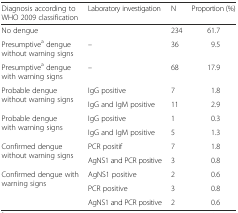
<table><thead><tr><td><b>Diagnosis according to WHO 2009 classification</b></td><td><b>Laboratory investigation</b></td><td><b>N</b></td><td><b>Proportion (%)</b></td></tr></thead><tbody><tr><td>No dengue</td><td></td><td>234</td><td>61.7</td></tr><tr><td>Presumptive<sup>a</sup> dengue without warning signs</td><td>–</td><td>36</td><td>9.5</td></tr><tr><td>Presumptive<sup>a</sup> dengue with warning signs</td><td>–</td><td>68</td><td>17.9</td></tr><tr><td rowspan="2">Probable dengue without warning signs</td><td>IgG positive</td><td>7</td><td>1.8</td></tr><tr><td>IgG and IgM positive</td><td>11</td><td>2.9</td></tr><tr><td rowspan="2">Probable dengue with warning signs</td><td>IgG positive</td><td>1</td><td>0.3</td></tr><tr><td>IgG and IgM positive</td><td>5</td><td>1.3</td></tr><tr><td rowspan="2">Confirmed dengue without warning signs</td><td>PCR positif</td><td>7</td><td>1.8</td></tr><tr><td>AgNS1 and PCR positive</td><td>3</td><td>0.8</td></tr><tr><td rowspan="3">Confirmed dengue with warning signs</td><td>AgNS1 positive</td><td>2</td><td>0.6</td></tr><tr><td>PCR positive</td><td>3</td><td>0.8</td></tr><tr><td>AgNS1 and PCR positive</td><td>2</td><td>0.6</td></tr></tbody></table>